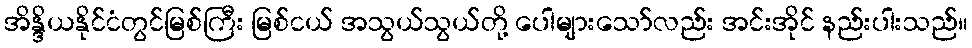
အိန္ဒိယနိုင်ငံတွင်မြစ်ကြီး မြစ်ငယ် အသွယ်သွယ်တို့ ပေါများသော်လည်း အင်းအိုင် နည်းပါးသည်။